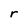
Character: r